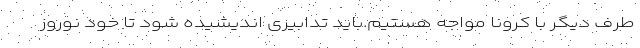
طرف دیگر با کرونا مواجه هستیم.باید تدابیری اندیشیده شود تا خود نوروز